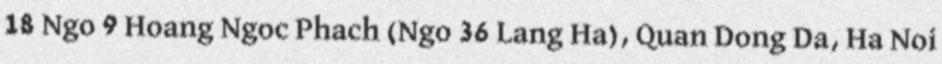
18 Ngo 9 Hoang Ngoc Phach (Ngo 36 Lang Ha), Quan Dong Da, Ha Noi